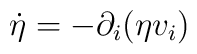
\dot{\eta} = -\partial _i (\eta v_i)